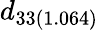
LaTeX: d_{33(1.064)}